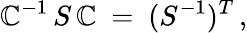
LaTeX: \mathbb{C}^{-1}\, S\, \mathbb{C}\ =\ (S^{-1})^{T}\, ,